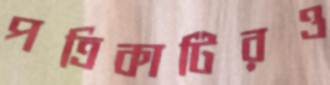
পত্রিকাটিরও